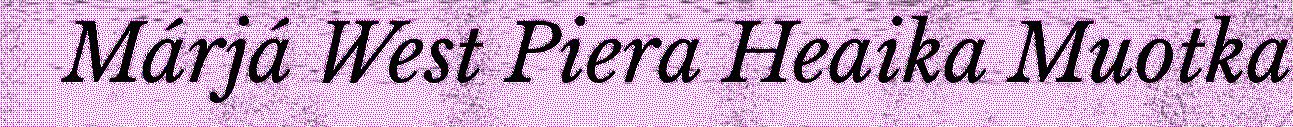
Márjá West Piera Heaika Muotka